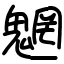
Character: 魍